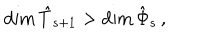
LaTeX: \textrm { d i m } \, \hat { T } _ { s + 1 } > \textrm { d i m } \, \hat { \Phi } _ { s } \, ,